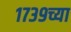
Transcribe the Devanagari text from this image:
१७३९च्या